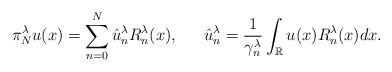
LaTeX: \begin{align*}\pi_{N}^{\lambda} u(x)=\sum_{n=0}^N \hat u_n^\lambda R_n^\lambda(x),\quad\;\; \hat u_n^\lambda=\frac 1 {\gamma_n^\lambda}\int_{\mathbb R} u(x) R_n^\lambda(x)dx.\end{align*}